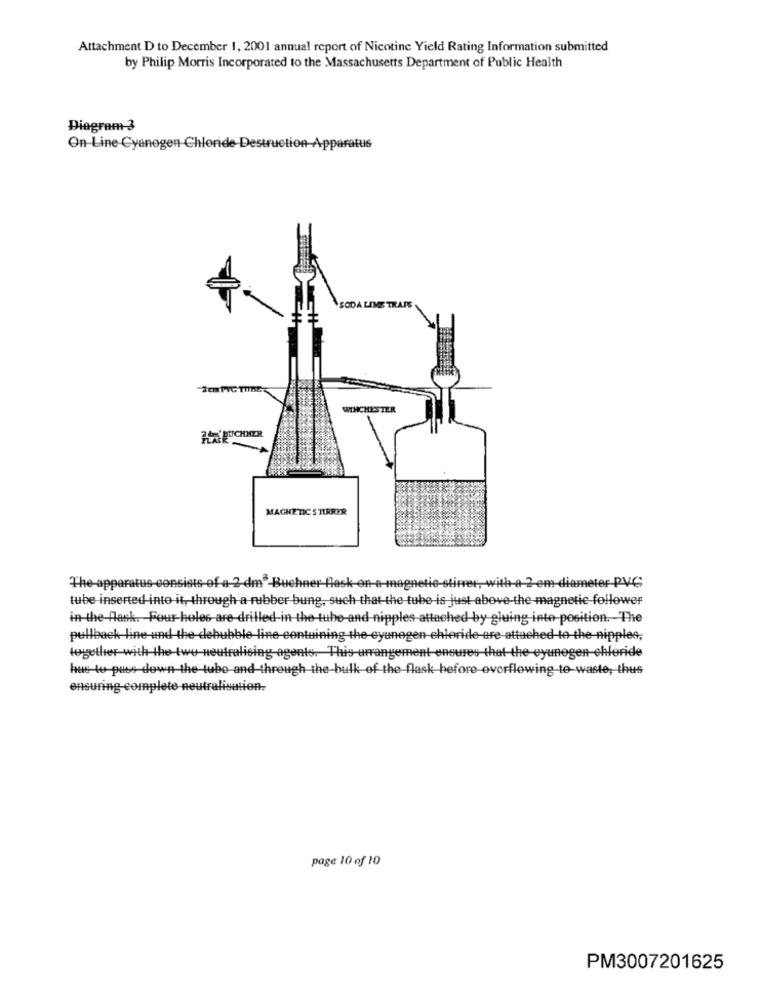
Attachment D to December 1, 2001 annual report of Nicotine Yield Rating Information submitted
by Philip Morris Incorporated to the Massachusetts Department of Public Health
Diagram 3
On-Line-Cyanogen Chloride Destructi
SODA
LESTER
27 RUCHNER
MAGNETIC S TIRRER
The apparatus consists of a 2 dm -Buchner flask on a magnetic stirrer, with a 2-em diameter PVC
tube inserted into it ,- through a rubber bung, such that-the tube is just above-the magnetic follower
in-the-Alask. Four-holes-are-drilled-in-the-tube-and-nipples attached by gluing inte-position. The
pullback line-und the debubble line-containing the eyunegen chloride are-attached to the nipples;
together with the-two neutralising agents. This arrangement ensures that the eyunegen chloride
hus to puss down the tube and through the-bulk of the flask before overflowing to waste, thus
ensuring complete neutralisution.
page 10 of 10
PM3007201625